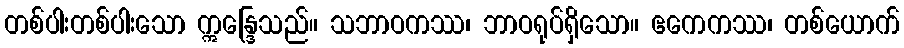
တစ်ပါးတစ်ပါးသော ဣန္ဒြေသည်။ သဘာဝကဿ၊ ဘာဝရုပ်ရှိသော။ ဧကေကဿ၊ တစ်ယောက်